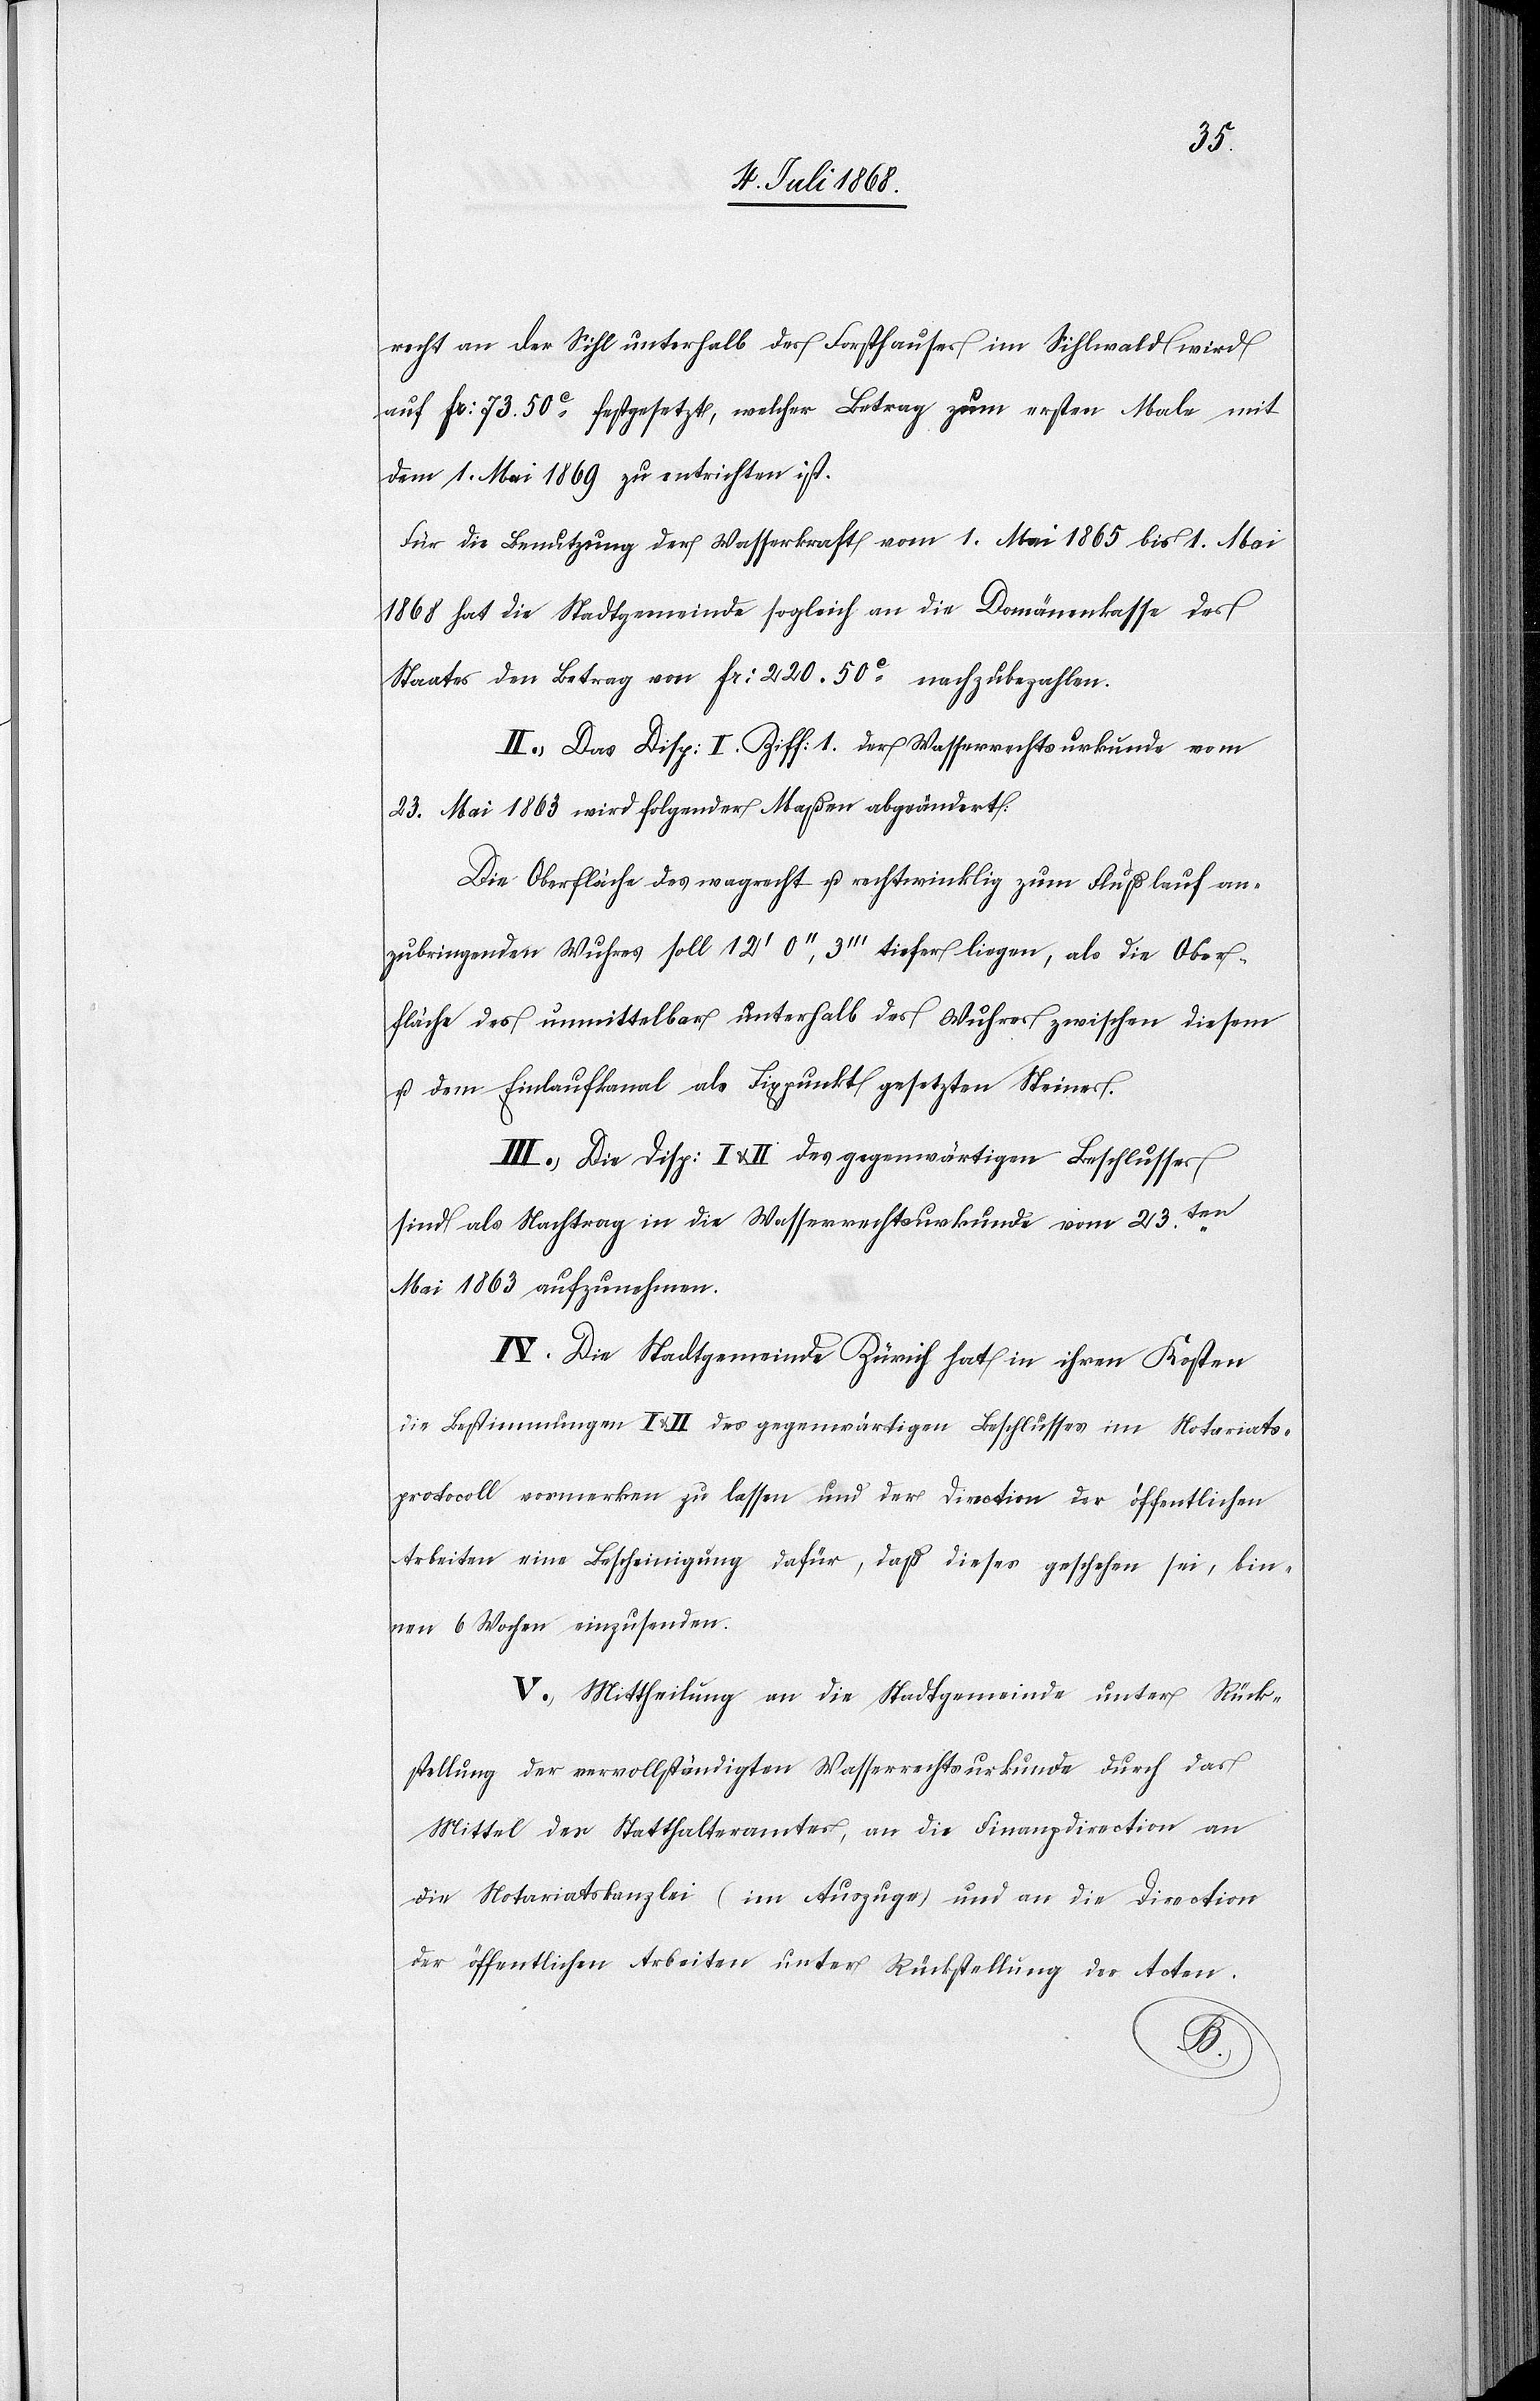
recht an der Sihl unterhalb des Forsthauses im Sihlwald wird
auf Fr: 73. 50c festgesetzt, welcher Betrag zum ersten Male mit
dem 1. Mai 1869 zu entrichten ist.
Für die Benutzung der Wasserkraft vom 1. Mai 1865 bis 1. Mai
1868 hat die Stadtgemeinde sogleich an die Domänenkasse des
Staates den Betrag von Fr: 220. 50c nachzubezahlen.
II.) Das Disp: I. Ziff: 1. der Wasserrechtsurkunde vom
23. Mai 1863 wird folgender Maßen abgeändert:
Die Oberfläche des wa[a]grecht u. rechtwinklig zum Flußlauf an¬
zubringenden Wuhres soll 12‘ 0‘‘, 3‘‘‘ tiefer liegen, als die Ober¬
fläche des unmittelbar unterhalb des Wuhres zwischen diesem
u. dem Einlaufkanal als Fixpunkt gesetzten Steines.
III.) Die Disp: I & II des gegenwärtigen Beschlusses
sind als Nachtrag in die Wasserrechtsurkunde vom 23ten.
Mai 1863 aufzunehmen.
IV. Die Stadtgemeinde Zürich hat in ihren Kosten
die Bestimmungen I & II des gegenwärtigen Beschlusses im Notariats¬
protocoll vormerken zu lassen und der Direction der öffentlichen
Arbeiten eine Bescheinigung dafür, daß dieses geschehen sei, bin¬
nen 6 Wochen einzusenden.
V.) Mittheilung an die Stadtgemeinde unter Rück¬
stellung der vervollständigten Wasserrechtsurkunde durch das
Mittel des Statthalteramtes, an die Finanzdirection[,] an
die Notariatskanzlei (im Auszuge) und an die Direction
der öffentlichen Arbeiten unter Rückstellung der Acten.